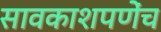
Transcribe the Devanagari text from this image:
सावकाशपणेंच